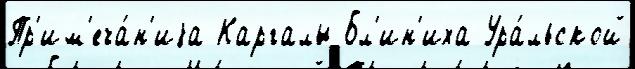
Пр'им'еча́н'иjа Каргалы Бл'ин'иха Ура́льской